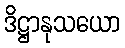
ဒိဋ္ဌာနုသယော